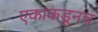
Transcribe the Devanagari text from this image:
एकाकडूनच